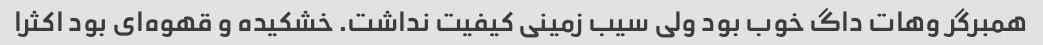
همبرگر وهات داگ خوب بود ولی سیب زمینی کیفیت نداشت. خشکیده و قهوه‌ای بود اکثرا